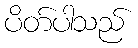
ပိတ်ပါသည်